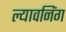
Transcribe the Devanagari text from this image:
ल्यावनिंग